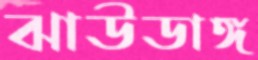
ঝাউডাঙ্গ